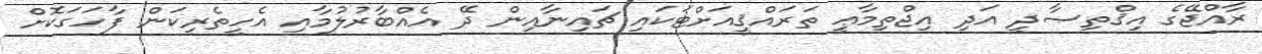
ރާއްޖޭގެ އިޤްތިޞާދީ އަދި އިޖްތިމާޢީ ތަރައްޤީއަށްޓަކައި ޗައިނާއިން ދޭ އެއްބާރުލުމާއި އެހީތެރިކަން ފާހަގަކޮށް